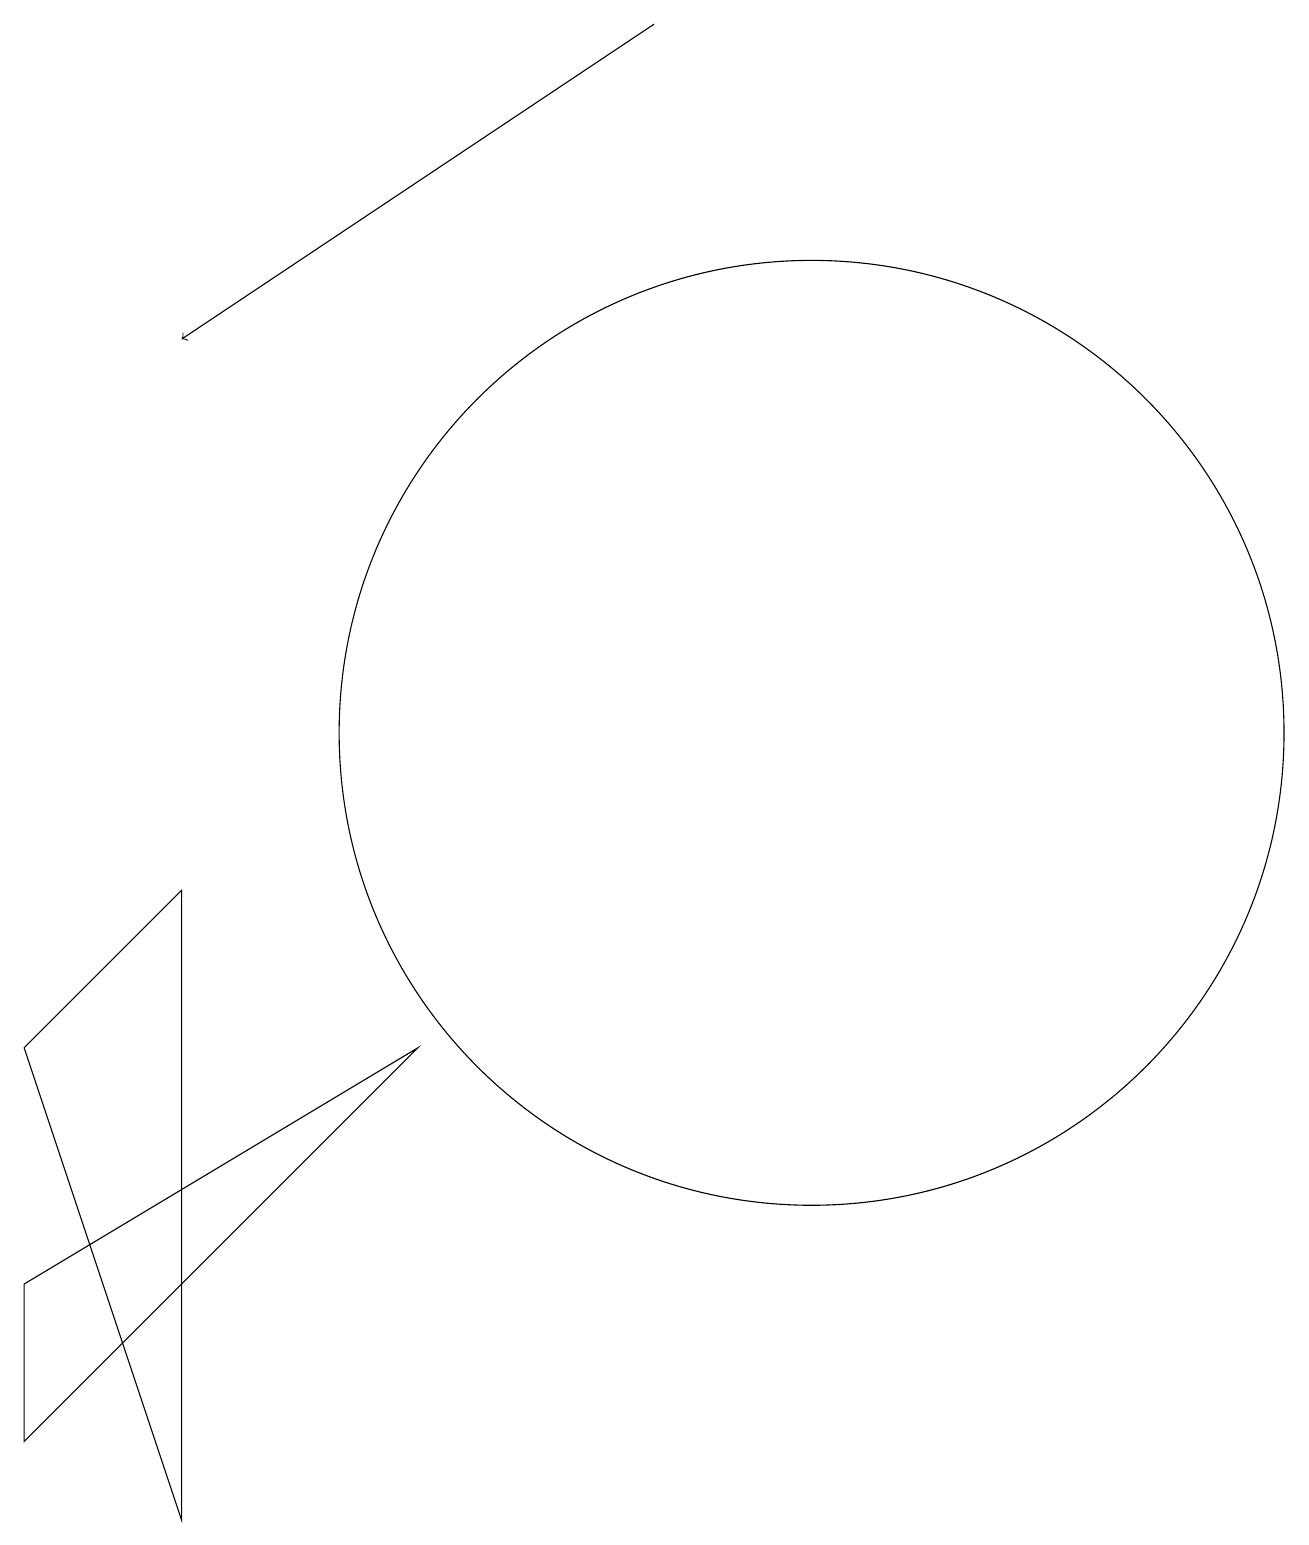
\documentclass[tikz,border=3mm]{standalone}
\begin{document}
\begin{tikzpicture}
\draw (2,0) -- (2,8) -- (0,6) -- cycle;
\draw (0,3) -- (0,1) -- (5,6) -- cycle;
\draw[->] (8,19) -- (2,15);
\draw (10,10) circle (6);
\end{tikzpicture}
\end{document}